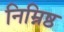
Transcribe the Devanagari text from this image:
निम्निष्ठ